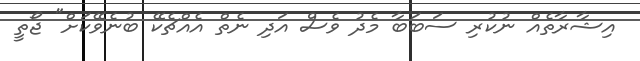
އިޝާރާތެއް ނުކުރި ސަބަބާ މެދު ވެސް އަދި ނެތް އެއްޗެކޭ ބުނެވޭކަށް" ޖޯތީ